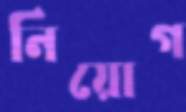
নিয়োগ